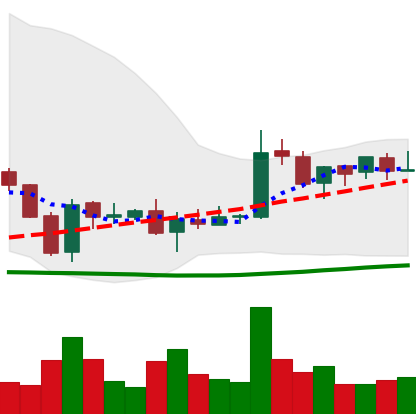
Ticker: EOS-USD
Chart end date: 2018-06-09
Forward return: -19.828%
Label: down_7plus